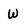
Character: W